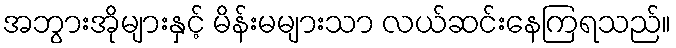
အဘွားအိုများနှင့် မိန်းမများသာ လယ်ဆင်းနေကြရသည်။